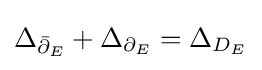
\Delta _{{\bar {\partial }}_{E}}+\Delta _{\partial _{E}}=\Delta _{D_{E}}